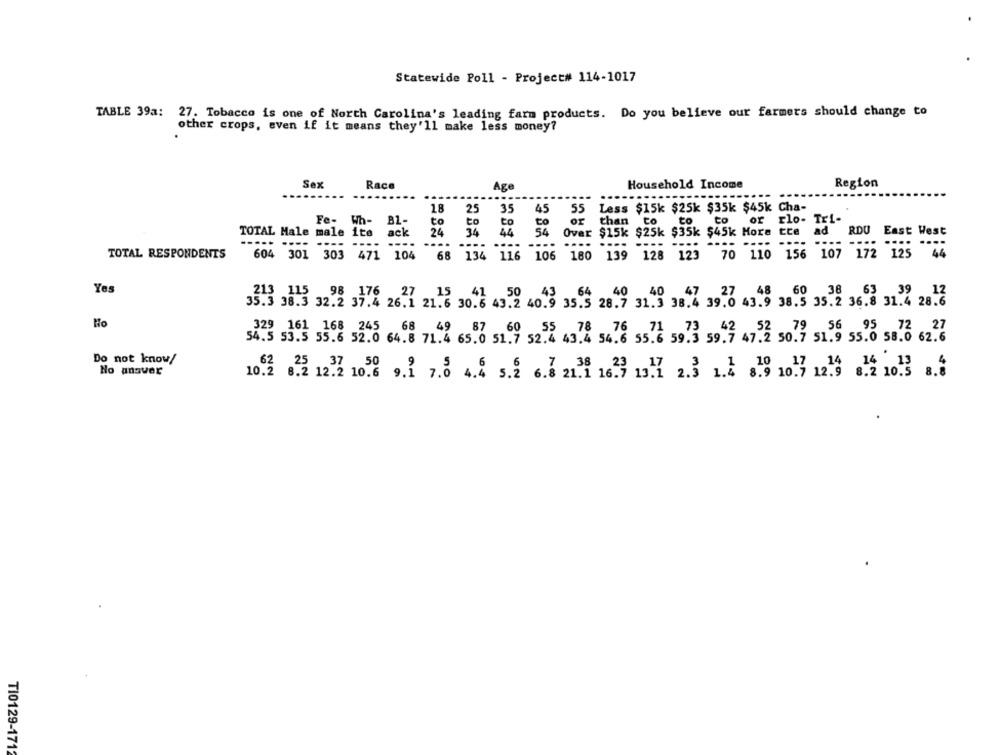
Statewide Poll - Project# 114-1017
TABLE 39a:
27. Tobacco is one of North Carolina's leading farm products. Do you believe our farmers should change to
other crops, even if it means they'll make less money?
Sex
Race
Age
Household Income
Region
....
........
.....-
----
25
45 55 Less $15k $25k $35k $45k Cha-
Fe- Wh- Bl-
to
to
or rlo- Tri-
to
to
to
to
or than to
TOTAL Male male ite ack
24
34
44 54 Over $15k $25k $35k $45k More tte
54
ad
RDU
East West
...
----
---- ---.
TOTAL RESPONDENTS
604 301 303 471 104
68 134 116 106 180 139
128 123 70 110 156 107 177
172 "125 "44
Yes
98 176 27 15
41 50
43 64 40 40 47 27 48 60 38 63 39, 12
35.3 38.3 32.2 37.4 26.1 21.6 30.6 43.2 40.9 35.5 28.7 31.3 38.4 39.0 43.9 38.5 35.2 36.8 31.4 28.6
Ho
329 161 168 245
87 69 55 78 76 71
54.5 53.5 55.6 52.0 64.8 71.4 65.0 51.7 52.4 43.4 54.6 55.6 59.3 59.7 47.2 50.7 51.9 55.0 58.6 62.6
Do not know/
No ansvar
10.2 8.2 12.2 10.6 9.1 7.0 4.4 5.2 6.4 21.4 1629 13!1 2.3 1.2 8.9 10.7 12.9 8.2 10.3 8.8
T10129-1712